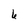
Character: 6